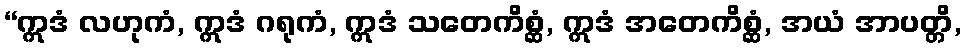
“ဣဒံ လဟုကံ, ဣဒံ ဂရုကံ, ဣဒံ သတေကိစ္ဆံ, ဣဒံ အတေကိစ္ဆံ, အယံ အာပတ္တိ,